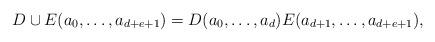
LaTeX: \begin{align*} D \cup E (a_0,\dots,a_{d+e+1})=D(a_0,\dots, a_d)E(a_{d+1},\dots,a_{d+e+1}),\end{align*}